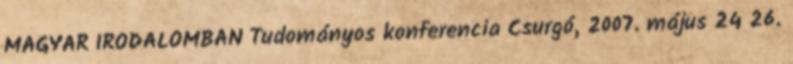
MAGYAR IRODALOMBAN Tudományos konferencia Csurgó, 2007. május 24 26.